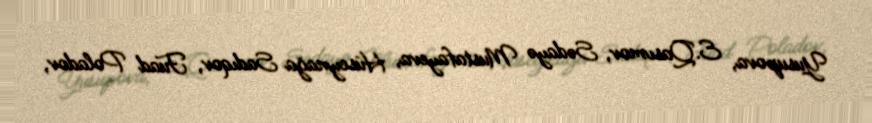
Yusupova, E.Qasımov, Sədayə Mustafayeva, Hüseynağa Sadıqov, Fuad Poladov,